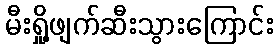
မီးရှို့ဖျက်ဆီးသွားကြောင်း